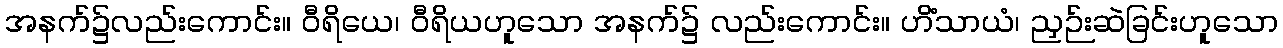
အနက်၌လည်းကောင်း။ ဝီရိယေ၊ ဝီရိယဟူသော အနက်၌ လည်းကောင်း။ ဟိံသာယံ၊ ညှဉ်းဆဲခြင်းဟူသော